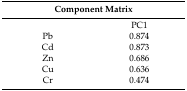
<table><thead><tr><td colspan="2"><b>Component Matrix </b></td></tr></thead><tbody><tr><td></td><td>PC1</td></tr><tr><td>Pb</td><td>0.874</td></tr><tr><td>Cd</td><td>0.873</td></tr><tr><td>Zn</td><td>0.686</td></tr><tr><td>Cu</td><td>0.636</td></tr><tr><td>Cr</td><td>0.474</td></tr></tbody></table>